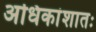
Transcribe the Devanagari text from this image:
अधिकांशातः